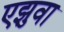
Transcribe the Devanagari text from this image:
एझुवा